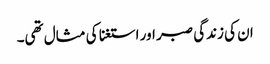
ان کی زندگی صبر اور استغنا کی مثال تھی۔